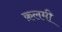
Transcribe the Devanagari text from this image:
क़लमी